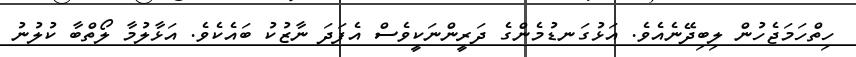
ހިތްހަަމަޖެހުން ލިބިދޭނެއެވެ. އަޅުގަނޑުމެންގެ ދަރީންނަކީވެސް އެފަދަ ނާޒުކު ބައެކެވެ. އަޅާލުމާ ލޯތްބާ ކުލުނު